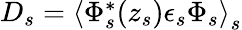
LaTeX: \begin{array}{r}{D_{s}=\left\langle\Phi_{s}^{*}(z_{s})\epsilon_{s}\Phi_{s}\right\rangle_{s}}\end{array}